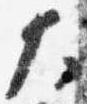
大